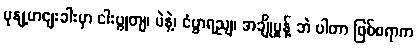
မုနျ့ဟငျးခါးမှာ ငါးပွုတျ၊ ပဲနဲ့၊ ငံပွာရညျ၊ အချိုမှုန့် ဘဲ ပါတာ ဖြစ်စရာက